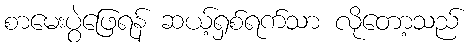
စာမေးပွဲဖြေရန် ဆယ့်ရှစ်ရက်သာ လိုတော့သည်